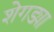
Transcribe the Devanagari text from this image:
शेगड्या